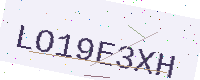
Text: LO19E3XH